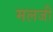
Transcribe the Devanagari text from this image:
मलजी